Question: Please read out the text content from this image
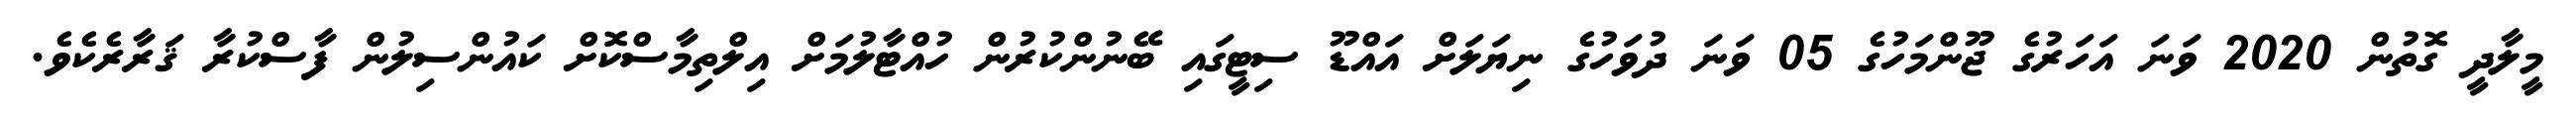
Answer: މީލާދީ ގޮތުން 2020 ވަނަ އަހަރުގެ ޖޫންމަހުގެ 05 ވަނަ ދުވަހުގެ ނިޔަލަށް އައްޑޫ ސިޓީގައި ބޭނުންކުރުން ހުއްޓާލުމަށް އިލްތިމާސްކޮށް ކައުންސިލުން ފާސްކުރާ ޤަރާރެކެވެ.